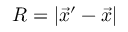
R = | \vec { x } ^ { \prime } - \vec { x } |